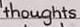
thoughts